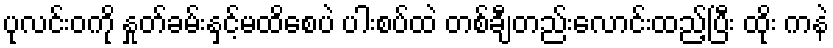
ပုလင်းဝကို နှုတ်ခမ်းနှင့်မထိစေပဲ ပါးစပ်ထဲ တစ်ချီတည်းလောင်းထည့်ပြီး ထိုး ကနဲ